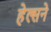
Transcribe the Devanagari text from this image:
हेल्सने